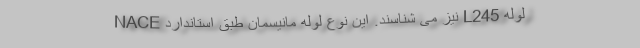
لوله L245 نیز می شناسند. این نوع لوله مانیسمان طبق استاندارد NACE